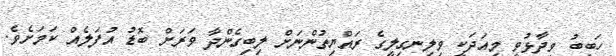
ހަބީބު ވިދާޅުވީ މިއަދަކީ ވިލިނގިލީގެ ރައްޔިތުންނަށް ލިބިގެންދާ ވަރަށް ބޮޑު އުފަލެއް ކަމަށެވެ.